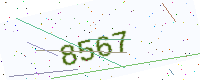
Text: 8567